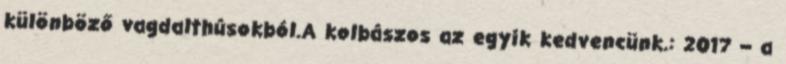
különböző vagdalthúsokból.A kolbászos az egyik kedvencünk.: 2017 – a